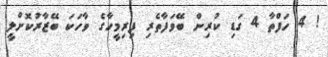
! 4 ހަފްތާ 4 ގަޑި ކުރިން ބޭވަފާތެރި ފިރިމީހާގެ ވާހަކަ ބޭޒާރުކޮށްލީ